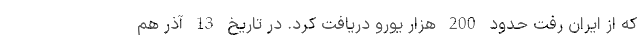
که از ایران رفت حدود 200 هزار یورو دریافت کرد. در تاریخ 13 آذر هم